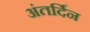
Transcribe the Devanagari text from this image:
अंतर्दिन